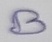
Text: B